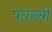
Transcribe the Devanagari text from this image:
पतरसी